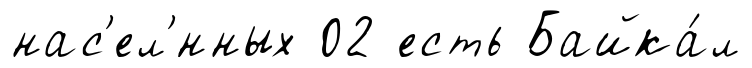
нас'ел'́нных 02 есть Байка́л